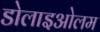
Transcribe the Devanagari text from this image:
डोलाइओलम